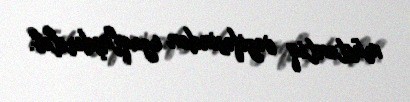
müstəntiq vəzifəsindən uzaqlaşdırılıb.